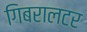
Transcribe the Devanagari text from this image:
गिबरालटर